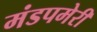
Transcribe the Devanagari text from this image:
मंडपमेरी